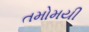
તમોમયી